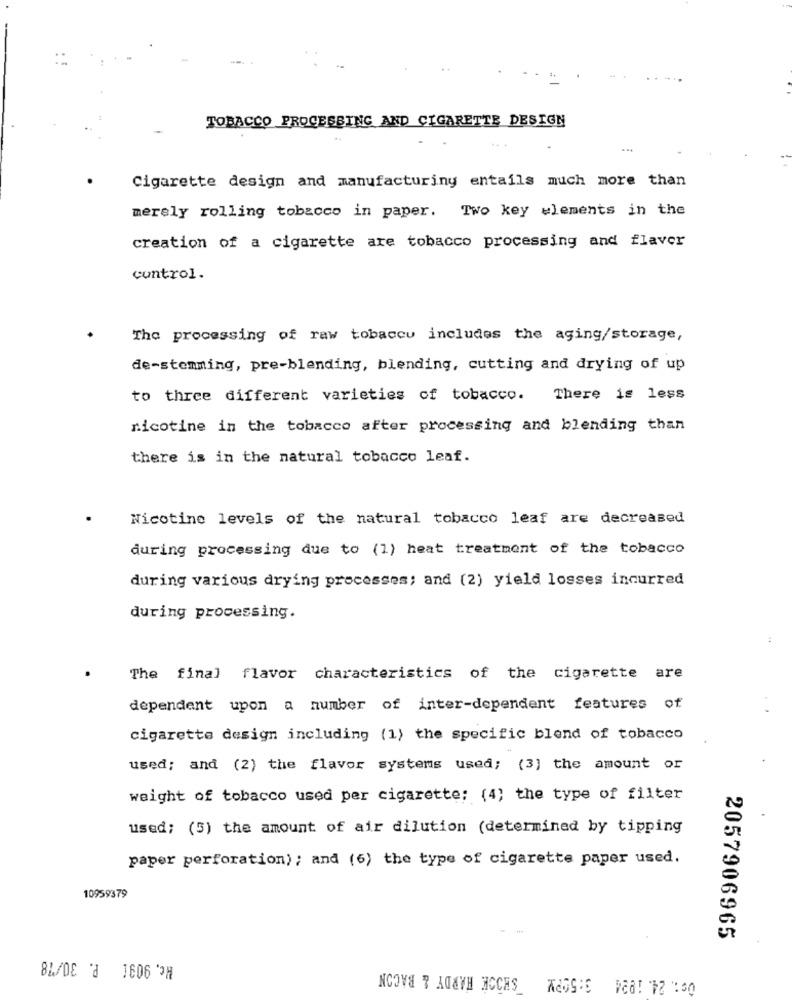
TOBACCO PROCESSING AND CIGARETTE DESIGN
...
Cigarette design and manufacturing entails much more than
merely rolling tobacco in paper. Two key wlements in the
creation of a cigarette are tobacco processing and flavor
control.
The processing of raw tobaccu includes the aging/storage,
de-stemming, pre-blending, blending, cutting and drying of up
to three different varieties of tobacco.
There is less
nicotine in the tobacco after processing and blending than
there is in the natural tobacco leaf.
Nicotine levels of the natural tobacco leaf are decreased
during processing due to (1) heat treatment of the tobacco
during various drying processes; and (2) yield losses incurred
during processing.
:
The final flavor characteristics of the cigarette are
dependent upon a number of inter-dependent features of
cigarette design including (1) the specific blend of tobacco
used; and (2) the flavor systems used; (3) the amount or
weight of tobacco used per cigarette: (4) the type of filter
used; (5) the amount of air dilution (determined by tipping
paper perforation) ; and (6) the type of cigarette paper used.
10959379
2057906965
Wc. 9091 P. 30/78
09 :. 24. 1924 3:59PM SHOCK HARDY & BACON